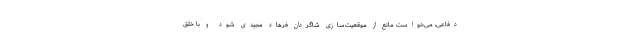
دفاعی، می‌خواست مانع از موقعیت‌سازی شاگردان فرهاد مجیدی شود و با خلق